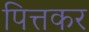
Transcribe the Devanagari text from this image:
पित्तकर